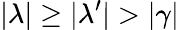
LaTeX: |\lambda|\geq|\lambda^{\prime}|>|\gamma|